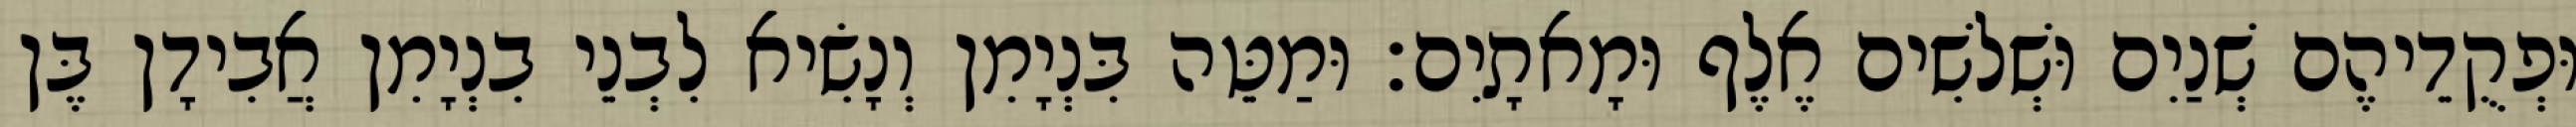
וּפְקֻדֵיהֶם שְׁנַיִם וּשְׁלשִׁים אֶלֶף וּמָאתָיִם׃ וּמַטֵּה בִּנְיָמִן וְנָשִׂיא לִבְנֵי בִנְיָמִן אֲבִידָן בֶּן